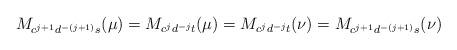
LaTeX: \begin{align*}M_{c^{j+1}d^{-(j+1)}s}(\mu)=M_{c^jd^{-j}t}(\mu)=M_{c^jd^{-j}t}(\nu)=M_{c^{j+1}d^{-(j+1)}s}(\nu) \end{align*}